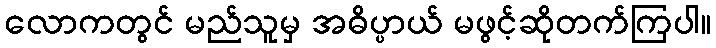
လောကတွင် မည်သူမှ အဓိပ္ပာယ် မဖွင့်ဆိုတက်ကြပါ။